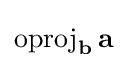
\operatorname {oproj} _{\mathbf {b} }\mathbf {a}